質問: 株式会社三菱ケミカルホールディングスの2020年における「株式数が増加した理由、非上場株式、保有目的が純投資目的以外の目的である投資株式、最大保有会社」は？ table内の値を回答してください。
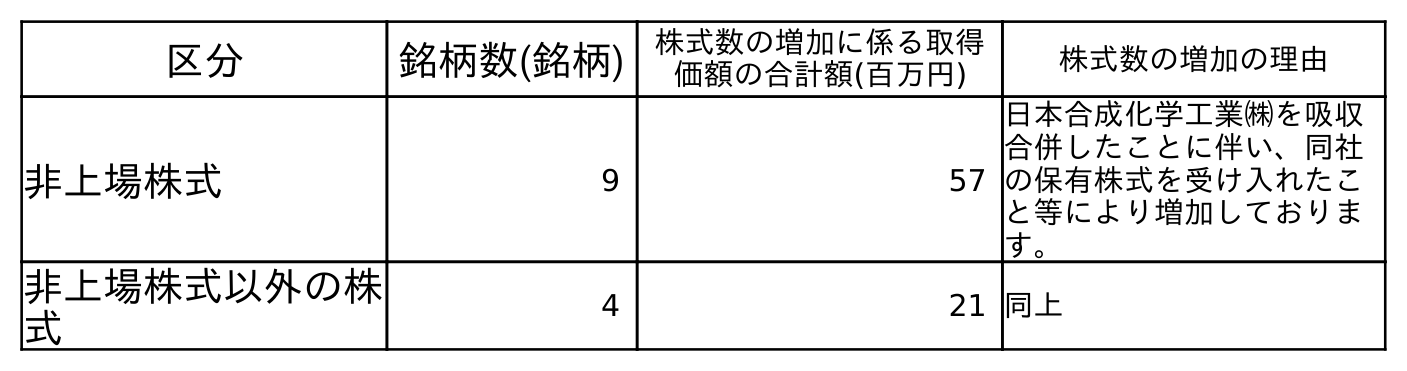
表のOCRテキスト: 区分 銘柄数(銘柄) 株式数の増加に係る取得 価額の合計額(百万円) 株式数の増加の理由 非上場株式 9 57 日本合成化学工業㈱を吸収 合併したことに伴い、同社 の保有株式を受け入れたこ と等により増加しておりま す。 非上場株式以外の株 式 4 21 同上
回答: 日本合成化学工業㈱を吸収合併したことに伴い、同社の保有株式を受け入れたこと等により増加しております。